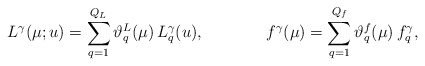
\begin{align*}L^\gamma(\mu; u) &= \sum_{q=1}^{Q_L} \vartheta_q^L(\mu)\, L^\gamma_q(u), &f^\gamma(\mu) &= \sum_{q=1}^{Q_f} \vartheta_q^f(\mu)\, f^\gamma_q,\end{align*}